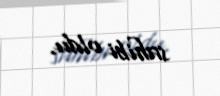
sahibi oldu.